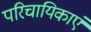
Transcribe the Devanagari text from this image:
परिचायिकाएं